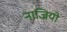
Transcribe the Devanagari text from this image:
नाज्रियो